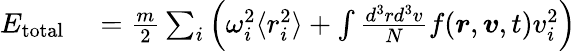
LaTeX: \begin{array}{rl}{E_{\mathrm{total}}}&{{}=\frac{m}{2}\sum_{i}\left(\omega_{i}^{2}\langle r_{i}^{2}\rangle+\int\frac{d^{3}rd^{3}v}{N}f(\boldsymbol{r},\boldsymbol{v},t)v_{i}^{2}\right)}\end{array}